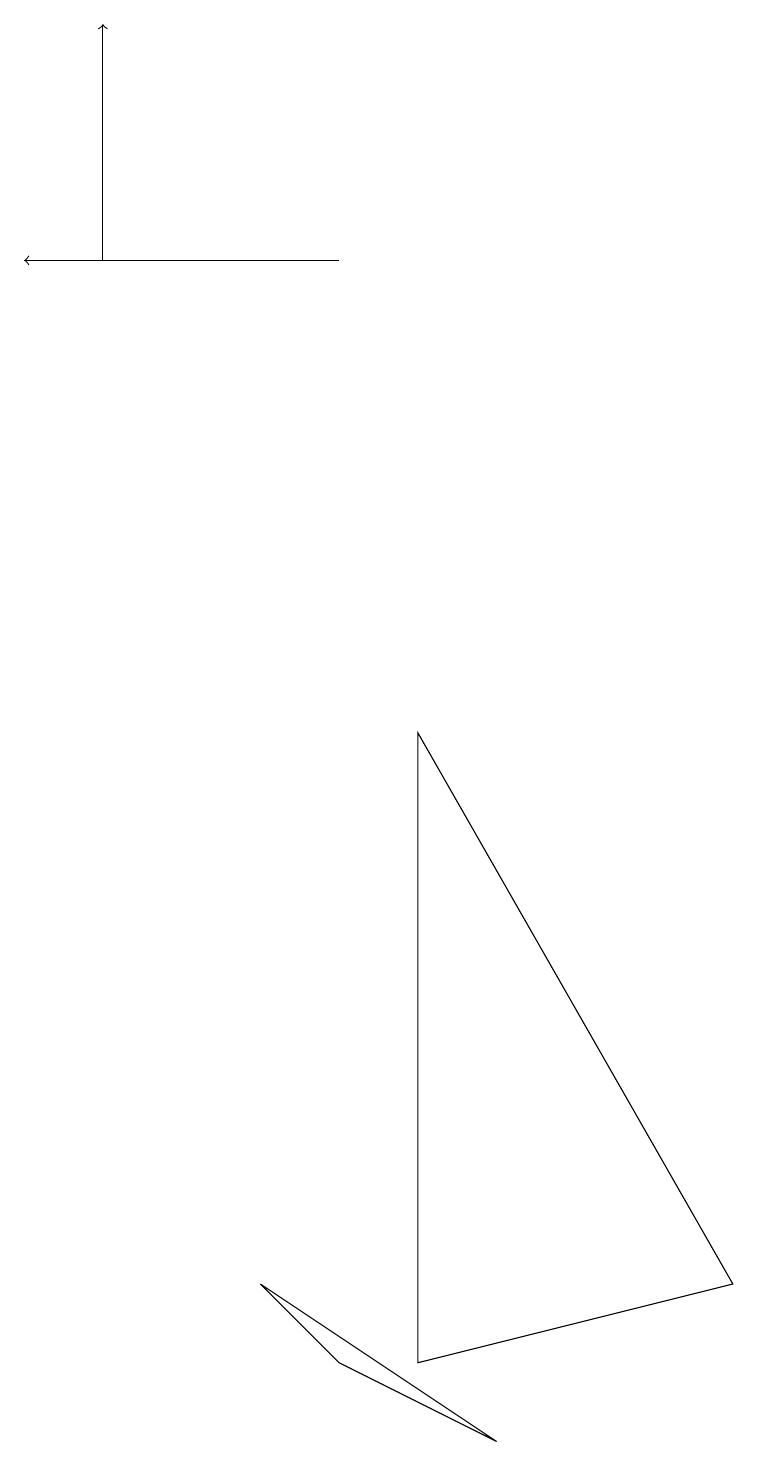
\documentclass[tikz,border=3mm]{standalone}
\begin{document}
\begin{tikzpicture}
\draw (5,1) -- (9,2) -- (5,9) -- cycle;
\draw[->] (4,15) -- (0,15);
\draw[->] (1,15) -- (1,18);
\draw (4,1) -- (6,0) -- (3,2) -- cycle;
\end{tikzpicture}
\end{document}